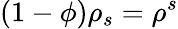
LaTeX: (1-\phi)\rho_{s}=\rho^{s}